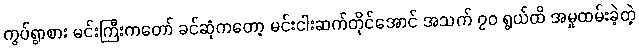
ကွပ်ရွာစား မင်းကြီးကတော် ခင်ဆုံကတော့ မင်းငါးဆက်တိုင်အောင် အသက် ၇၀ ရွယ်ထိ အမှုထမ်းခဲ့တဲ့